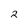
Character: 2